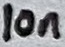
Text: 10n